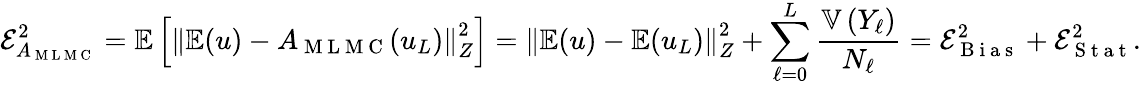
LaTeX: \mathcal{E}_{A_{\mathrm{~M~L~M~C~}}}^{2}=\mathbb{E}\left[\left\Vert\mathbb{E}(u)-A_{\mathrm{~M~L~M~C~}}(u_{L})\right\Vert_{Z}^{2}\right]=\left\Vert\mathbb{E}(u)-\mathbb{E}(u_{L})\right\Vert_{Z}^{2}+\sum_{\ell=0}^{L}\frac{\mathbb{V}\left(Y_{\ell}\right)}{N_{\ell}}=\mathcal{E}_{\mathrm{~B~i~a~s~}}^{2}+\mathcal{E}_{\mathrm{~S~t~a~t~}}^{2}.